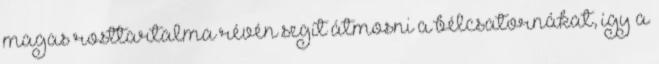
magas rosttartalma révén segít átmosni a bélcsatornákat, így a